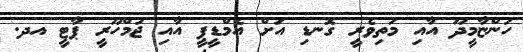
ހަންޏާމީދޫ އާއި މަތިވެރީ ގޮނޑި އަށް އެމްޑީޕީ އާއި ޖުމްހޫރީ ޕާޓީ އދ.